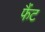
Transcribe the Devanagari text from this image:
फैंट